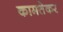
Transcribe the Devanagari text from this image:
कामतेकर